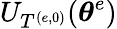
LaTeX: U_{T^{(e,0)}}(\boldsymbol{\theta}^{e})